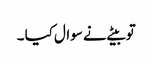
تو بیٹے نے سوال کیا ۔